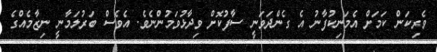
ވެރިކަން ކަމަށް އެމަނިކުފާނު އެ ގެންދަވަނީ ސާފުކޮށް ވިދާޅުވަމުންނެވެ. އެވެސް ބަރުލަމާނީ ނިޒާމެއްގެ